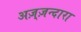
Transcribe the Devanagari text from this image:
अज़्ज़न्दारा